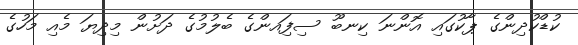
ކުޑްކުދިންގެ ޕާކުގައި އޮންނަ ކިނބޫ ސިފަިއންގެ ބެލުމުގެ ދަށުން މިދިޔަ މެއި މަހުގެ